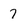
Character: 7